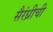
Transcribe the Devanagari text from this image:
सैरंध्रीची